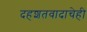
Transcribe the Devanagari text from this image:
दहशतवादाचेही